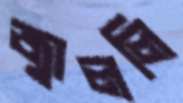
জ্বাললি